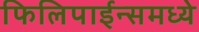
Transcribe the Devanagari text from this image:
फिलिपाईन्समध्ये